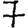
Digit: 7